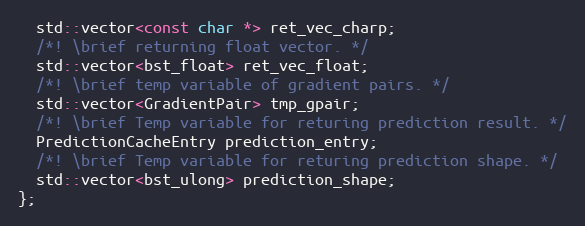
Language: C
  std::vector<const char *> ret_vec_charp;
  /*! \brief returning float vector. */
  std::vector<bst_float> ret_vec_float;
  /*! \brief temp variable of gradient pairs. */
  std::vector<GradientPair> tmp_gpair;
  /*! \brief Temp variable for returing prediction result. */
  PredictionCacheEntry prediction_entry;
  /*! \brief Temp variable for returing prediction shape. */
  std::vector<bst_ulong> prediction_shape;
};